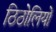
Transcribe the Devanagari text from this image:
ठिठोलियों